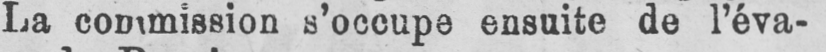
La commission s’occupe ensuite de l’éva-